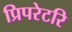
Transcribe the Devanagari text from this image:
प्रिपरेटरि